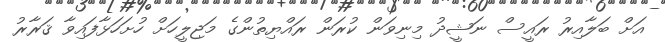
އަށް ބަލާއިރު ރައީސް ނަޝީދު މިނިވަން ކުރަން ރައްޔިތުންގެ މަޖިލީހަށް ހުށަހަޅާފައިވާ ޤަރާރު